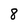
Character: 8